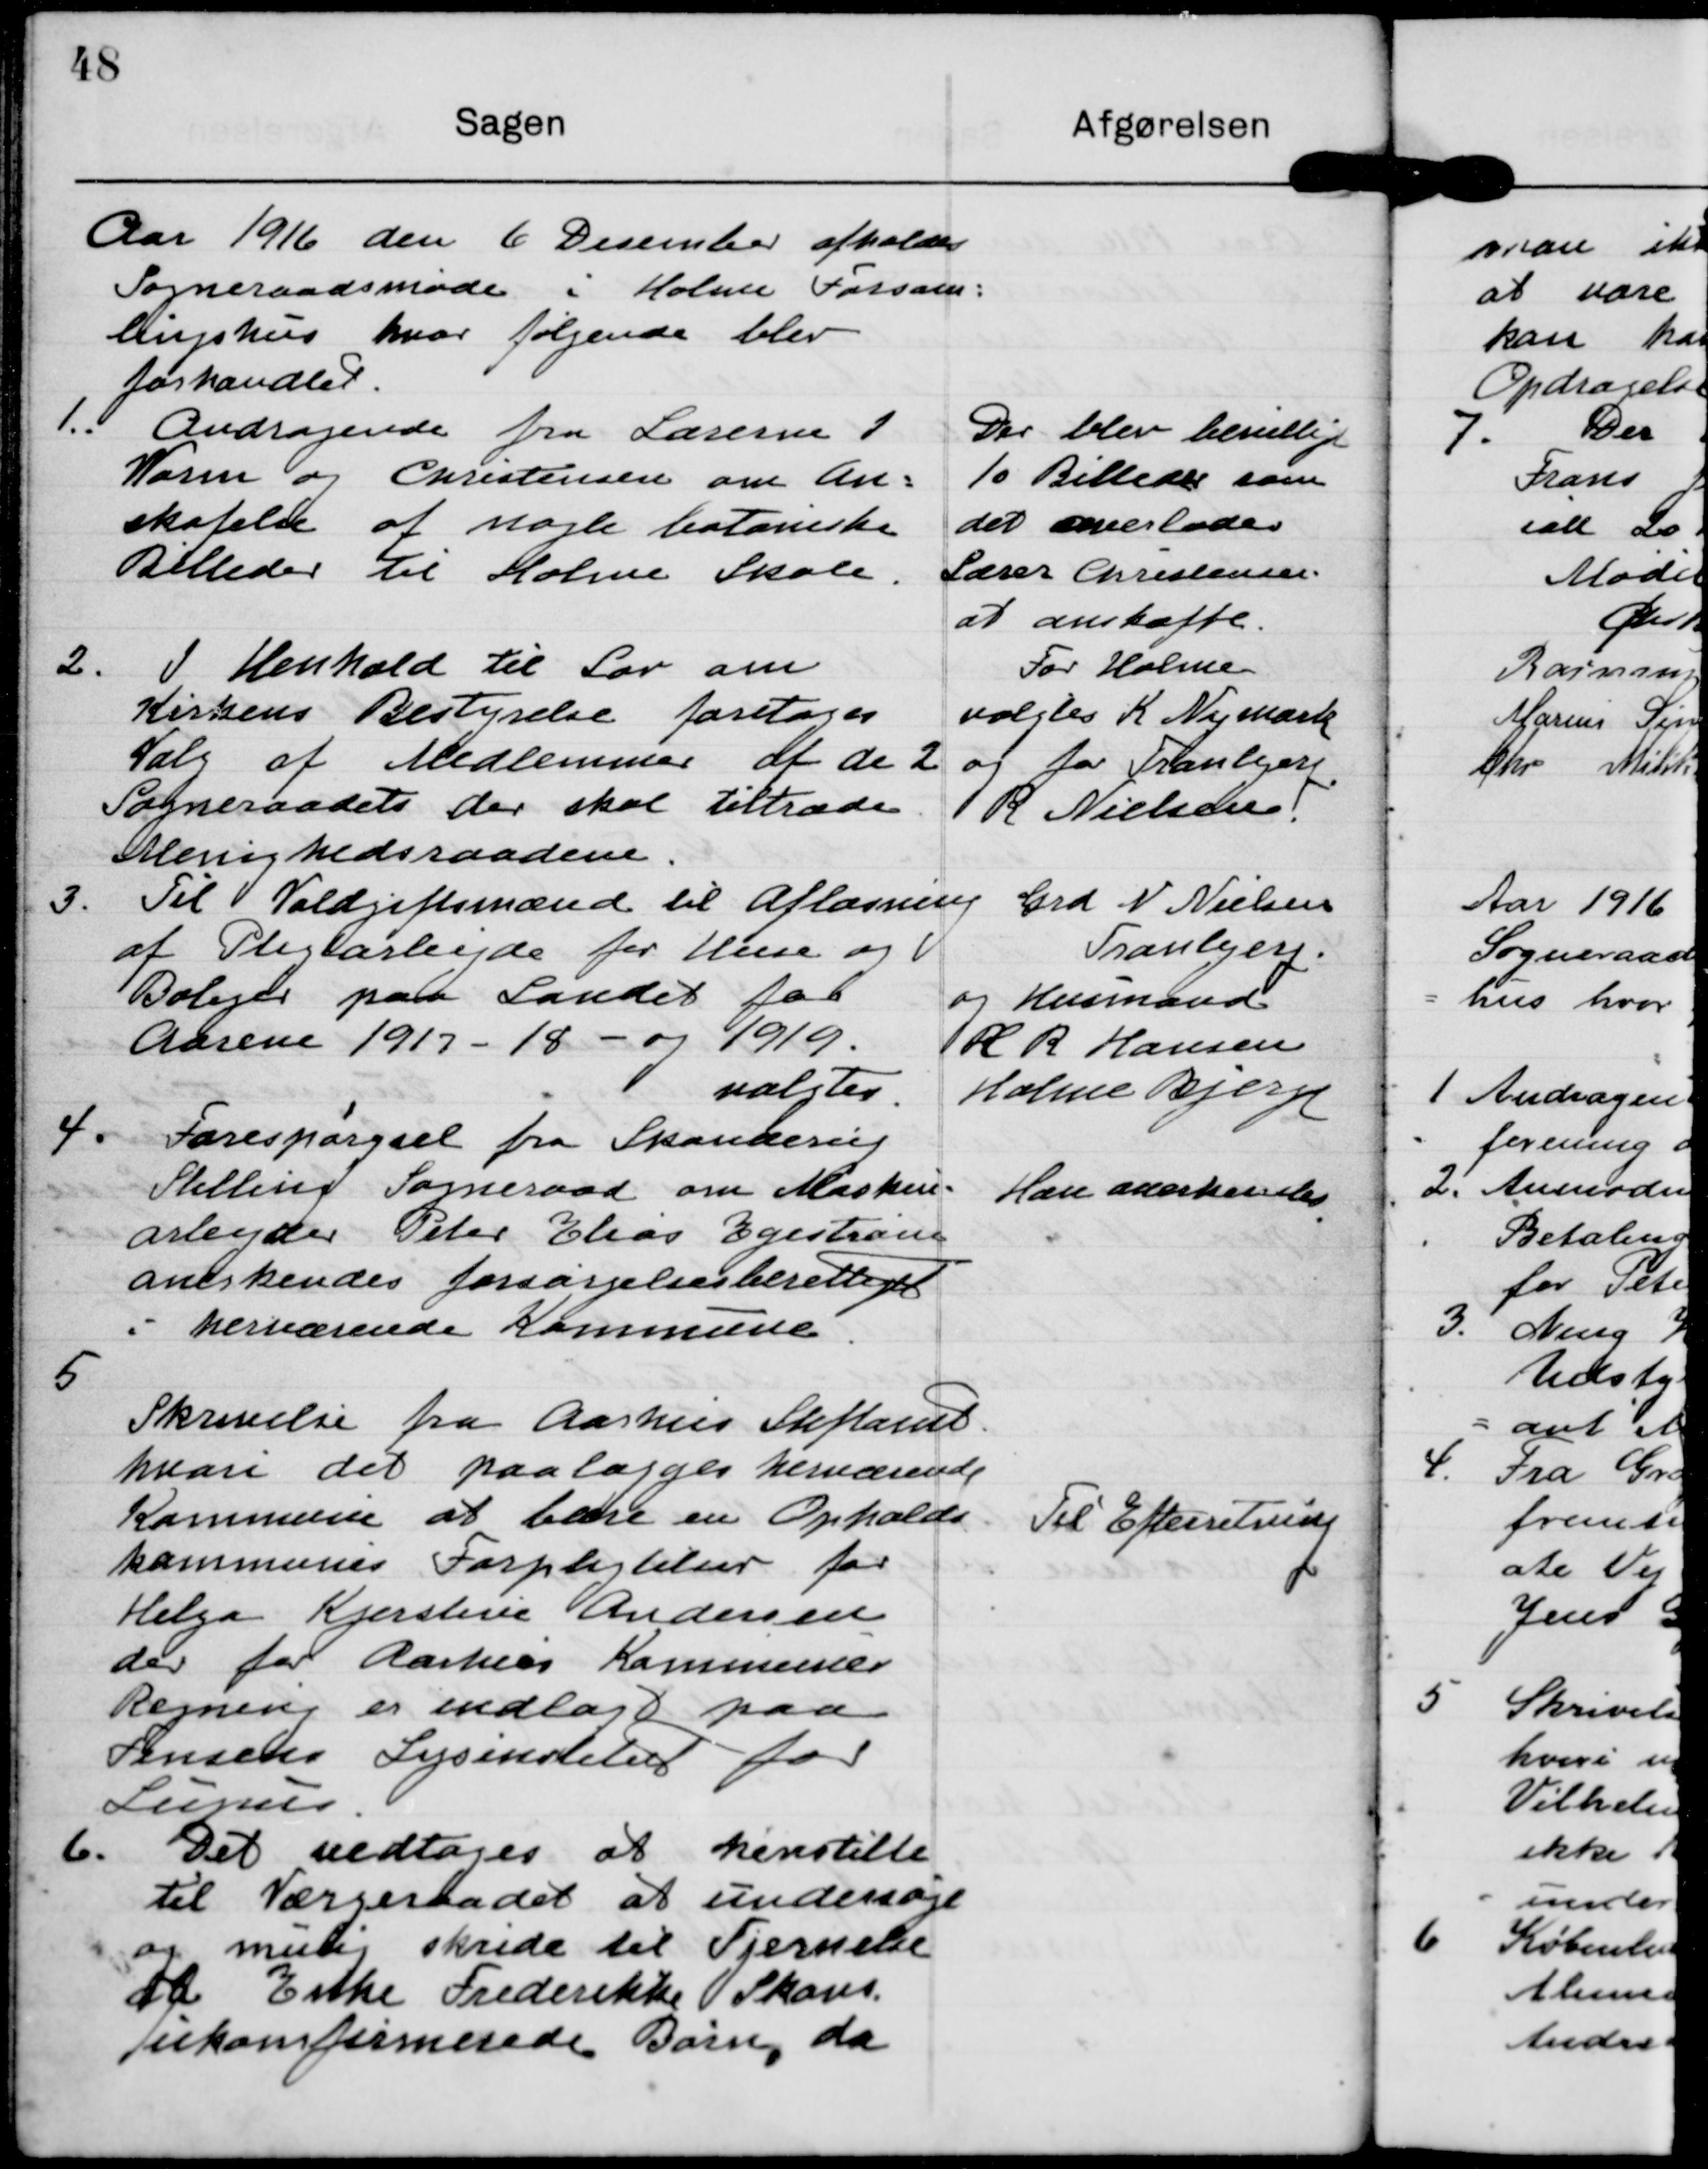
Transskription:
Aar 1916 den 6 Desember afholder
Sogneraadsmøde i Holme Forsar-
lingshus hvor følgende blev
forhandlet

1. Andragende fra Lærerne i
Varen og Chrestensen om An-
skafele af nogle botaniske
Billeder til Holme Skole.

Der blev bevelligt
10 Billedes som
det amerlade
Lærer CArestensen
at anstaffe.

2. I Henhold til Lov om
Kirkens Bestyrelse foretoges
Salg af Medlemmer at de 2
Sogneraadets der skal tiltræde
Menighedsraadene.

For Holme
volgtes R. Njmark
og for Tranljeri
R Nielsen

3. Til Voldgiftsmænd til Aflæsning
af Pligtarbejde for Hse og V
Boliger paa Sandet far
Aarene 1917-18- og 1919.
valgtes

Grd N. Nielsen
Tranlyere.
og Husmand
H R Hansen
Holme Bjerge

4. Forespørgsel fra Skanerug
Stilling Sogneraad om Masken-
arbejder Peter Eleos Egestram
anerkendes forsørgelsesberettiget
i herteærende Kommune

Hære anerkendes

5
Skrivelse fra Aarhus Stiftamt.
hvon det paalægges hernærende
Kommune at bare en Opholds
kommunes Forpligtelser for
Helga Kjerstine Andersen
der for Aarhus Kommunes
Remen er indlagt paa
Penscns Sysendelse for

Til Efterretning

6. Det vedtages at henstille
til Værgeraadet at undersøge
og mulig skrede til Tjernelse
d Ertke Frederikke Skovs
Eerkomfermerede Børn, da